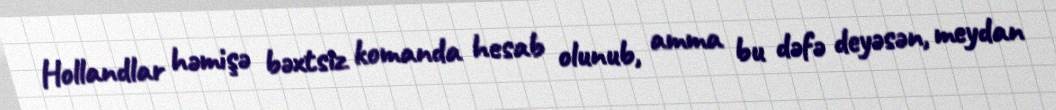
Hollandlar həmişə bəxtsiz komanda hesab olunub, amma bu dəfə deyəsən, meydan